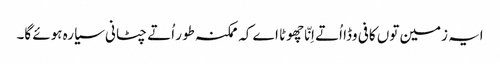
ایہ زمین تو‏ں کافی وڈا اُتے اِنّا چھوٹا اے کہ ممکنہ طور اُتے چٹانی سیارہ ہوئے گا۔